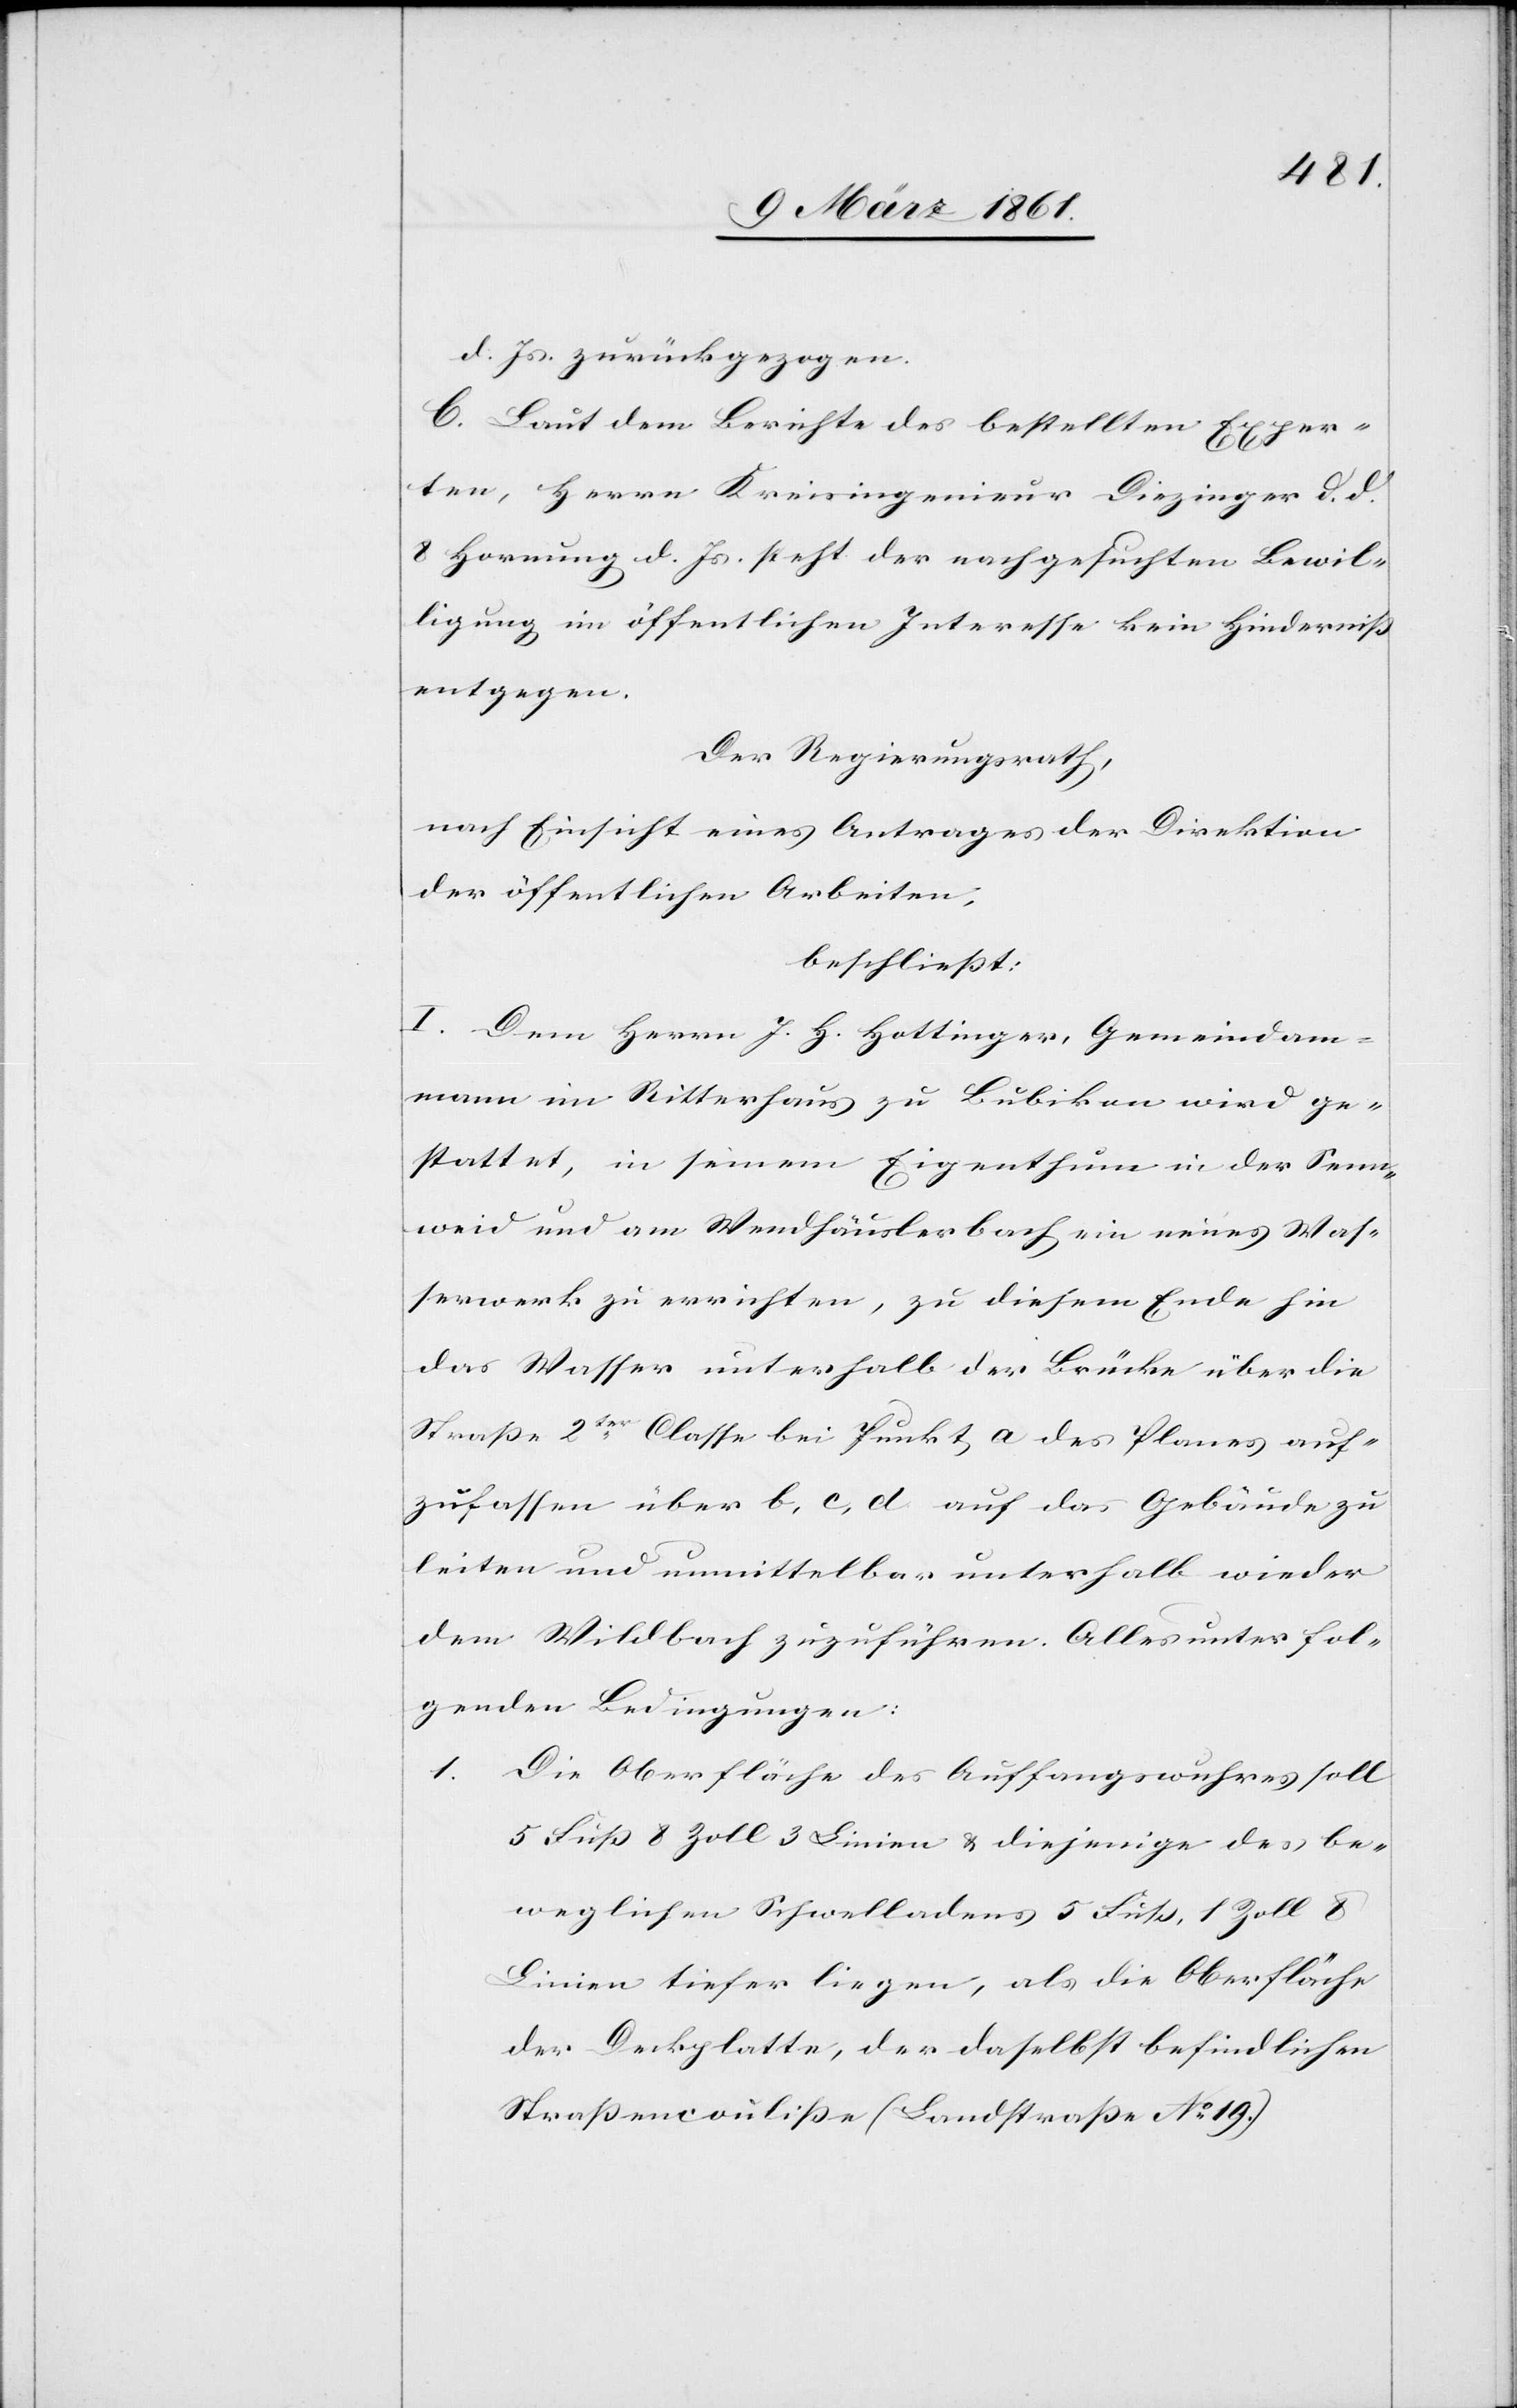
d. Js. zurückgezogen.
C. Laut dem Berichte des bestellten Exper¬
ten, Herrn Kreisingenieur Diezinger d. d.
8. Hornung d. Js. steht der nachgesuchten Bewil¬
ligung im öffentlichen Interesse kein Hinderniss
entgegen.
Der Regierungsrath,
nach Einsicht eines Antrages der Direktion
der öffentlichen Arbeiten,
beschliesst:
I. Dem Herrn J. H. Hottinger, Gemeindam¬
mann im Ritterhaus zu Bubikon wird ge¬
stattet, in seinem Eigenthum in der Senn¬
weid am Wendhäuslerbach ein neues Was¬
serwerk zu errichten, zu diesem Ende hin
das Wasser unterhalb der Brücke über die
Strasse 2ter Classe bei Punkt a des Planes auf¬
zufassen über b, c, d auf das Gebäude zu
leiten und unmittelbar unterhalb wieder
dem Wildbach zuzuführen. Alles unter fol¬
genden Bedingungen:
1. Die Oberfläche des Auffangwuhres soll
5 Fuss 8 Zoll 3 Linien u. diejenige des be¬
weglichen Schwelladens 5 Fuss 1 Zoll 8
Linien tiefer liegen, als die Oberfläche
der Deckplatte, der daselbst befindlichen
Strassencoulisse (Landstrasse No 19.)